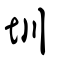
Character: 圳